NAE_ERA_R-2632_ENSV_TA_Emakeele_Selts_1945-1955, lk 111
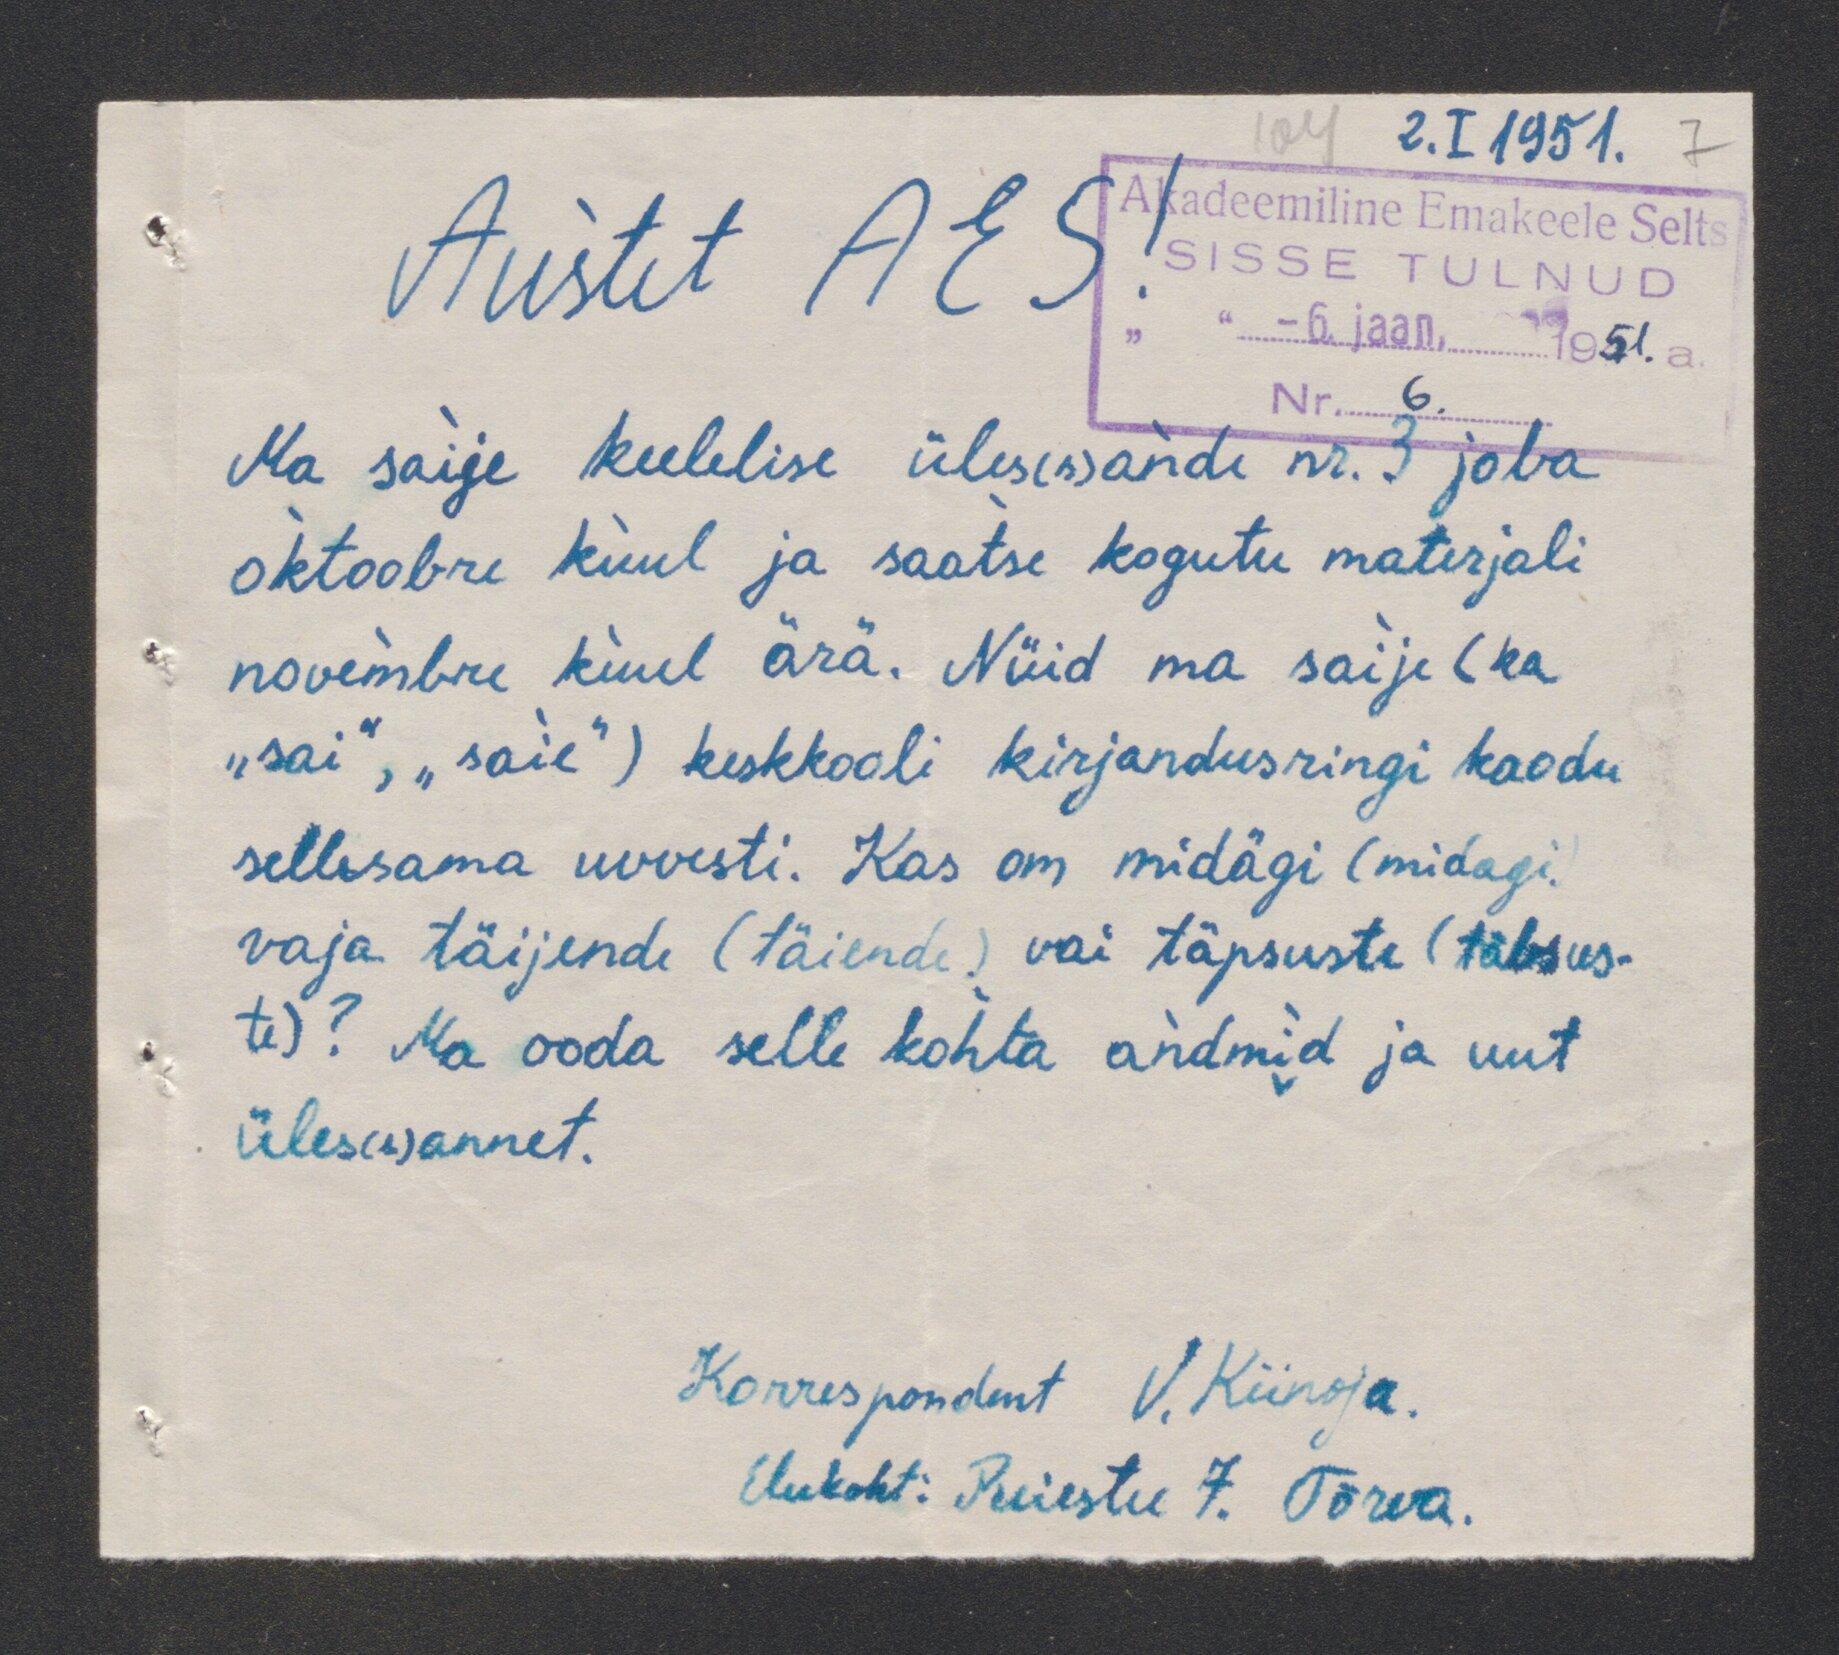
2.I 1951.
Akadeemiline Emakeele Selts.
SISSE TULNUD
Austet AES!
"-6. jaan. 1951. a
Nr. 6.
Ma saije keelelise üles(s)andi nr. 3 joba
oktoobri kuul ja saatse kogutu materjali
novembre kuul ära. Nüid ma saije (ka
"sai, "saie") keskkooli kirjandusringi kaodu
sellesama uuvesti. Kas on midägi (midagi.
vaja täijende (täiende) vai täpsuste (täbsus-
te)? Ma ooda selle kohta andmid ja uut
üles(s)annet.
Korrespondent V. Kiiroja
Elukoht: Puiestee 7. Tõrva.